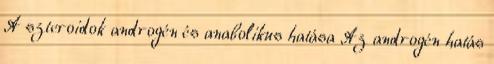
A szteroidok androgén és anabolikus hatása Az androgén hatás